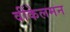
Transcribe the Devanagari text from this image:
वींकेलमन